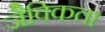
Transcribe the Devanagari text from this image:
जैविकता